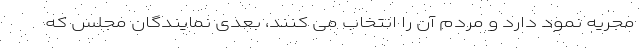
مجریه نمود دارد و مردم آن را انتخاب می کنند، بعدی نمایندگان مجلس که